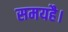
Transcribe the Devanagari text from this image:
समयहै।